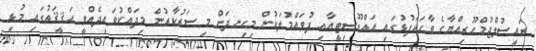
ރައީސުލްޖުމްހޫރިއްޔާގެ ވާހަކަފުޅުގައި އައްޑޫސިޓީއާއި ފުވައްމުލަކުން މިހިނދަށް މި ސަރުކާރުން މިދައްކުވައިދެއްވީ ޙަޤީޤަތުގައި މުޅި